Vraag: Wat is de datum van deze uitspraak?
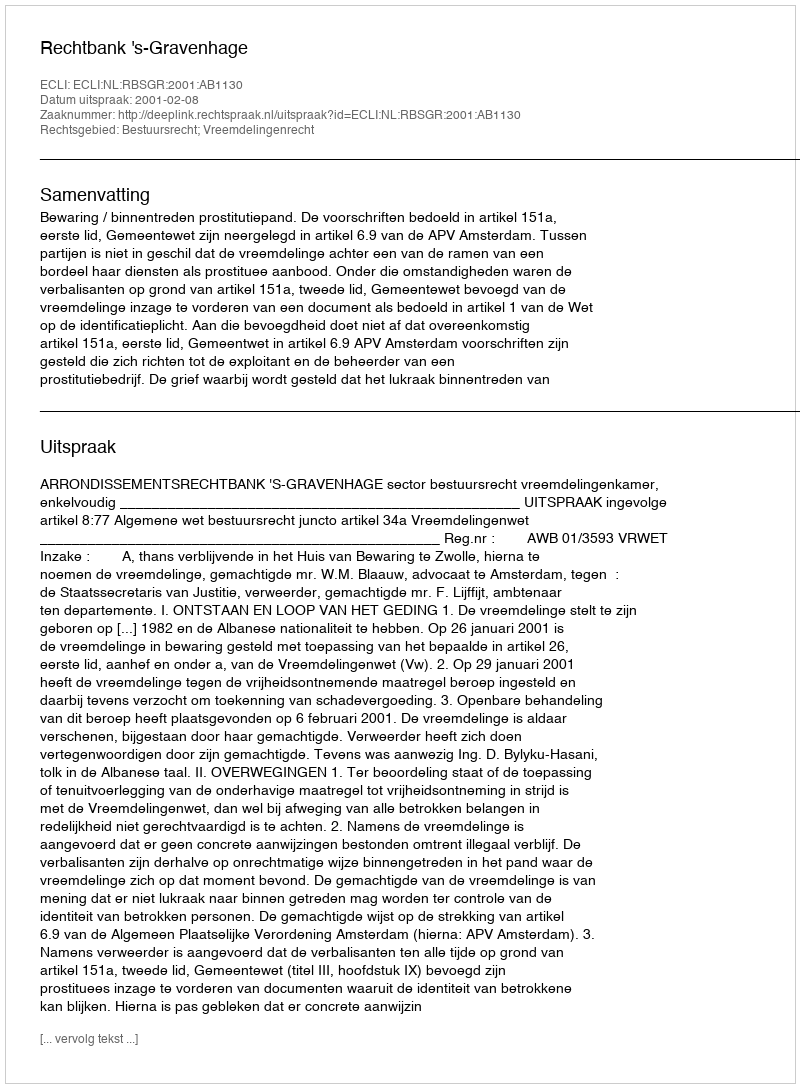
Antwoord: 2001-02-08